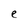
Character: e